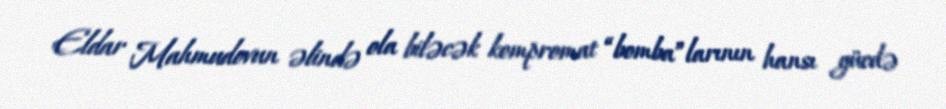
Eldar Mahmudovun əlində ola biləcək kompromat “bomba”larının hansı gücdə